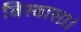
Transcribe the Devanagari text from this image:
बिस्वासा।